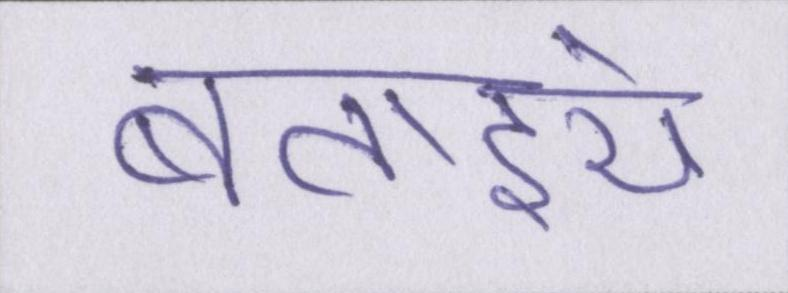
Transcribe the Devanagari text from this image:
बताइये